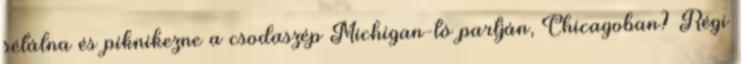
sétálna és piknikezne a csodaszép Michigan-tó partján, Chicagoban? Régi